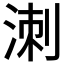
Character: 𭰩